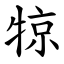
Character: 㹁